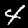
Label: 4